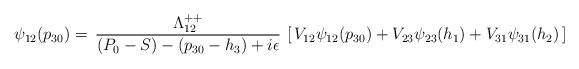
LaTeX: \begin{align*}\psi_{12}(p_{30})=\,{\Lambda^{++}_{12}\over(P_0-S)-(p_{30}-h_3)+i\epsilon}\,\left[\,V_{12}\psi_{12}(p_{30})+V_{23}\psi_{23}(h_1)+V_{31}\psi_{31}(h_2)\,\right]\end{align*}